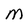
Character: M